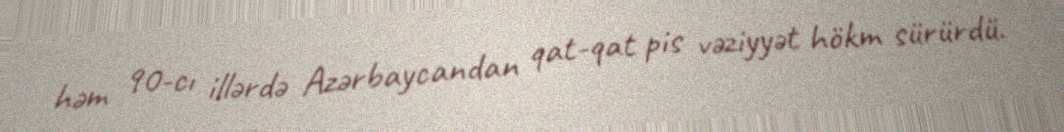
həm 90-cı illərdə Azərbaycandan qat-qat pis vəziyyət hökm sürürdü.